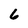
Character: 6